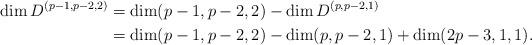
LaTeX: \begin{align*}\dim D^{(p-1,p-2,2)}&=\dim(p-1,p-2,2)-\dim D^{(p,p-2,1)}\cr&=\dim(p-1,p-2,2)-\dim(p,p-2,1)+\dim(2p-3,1,1).\end{align*}